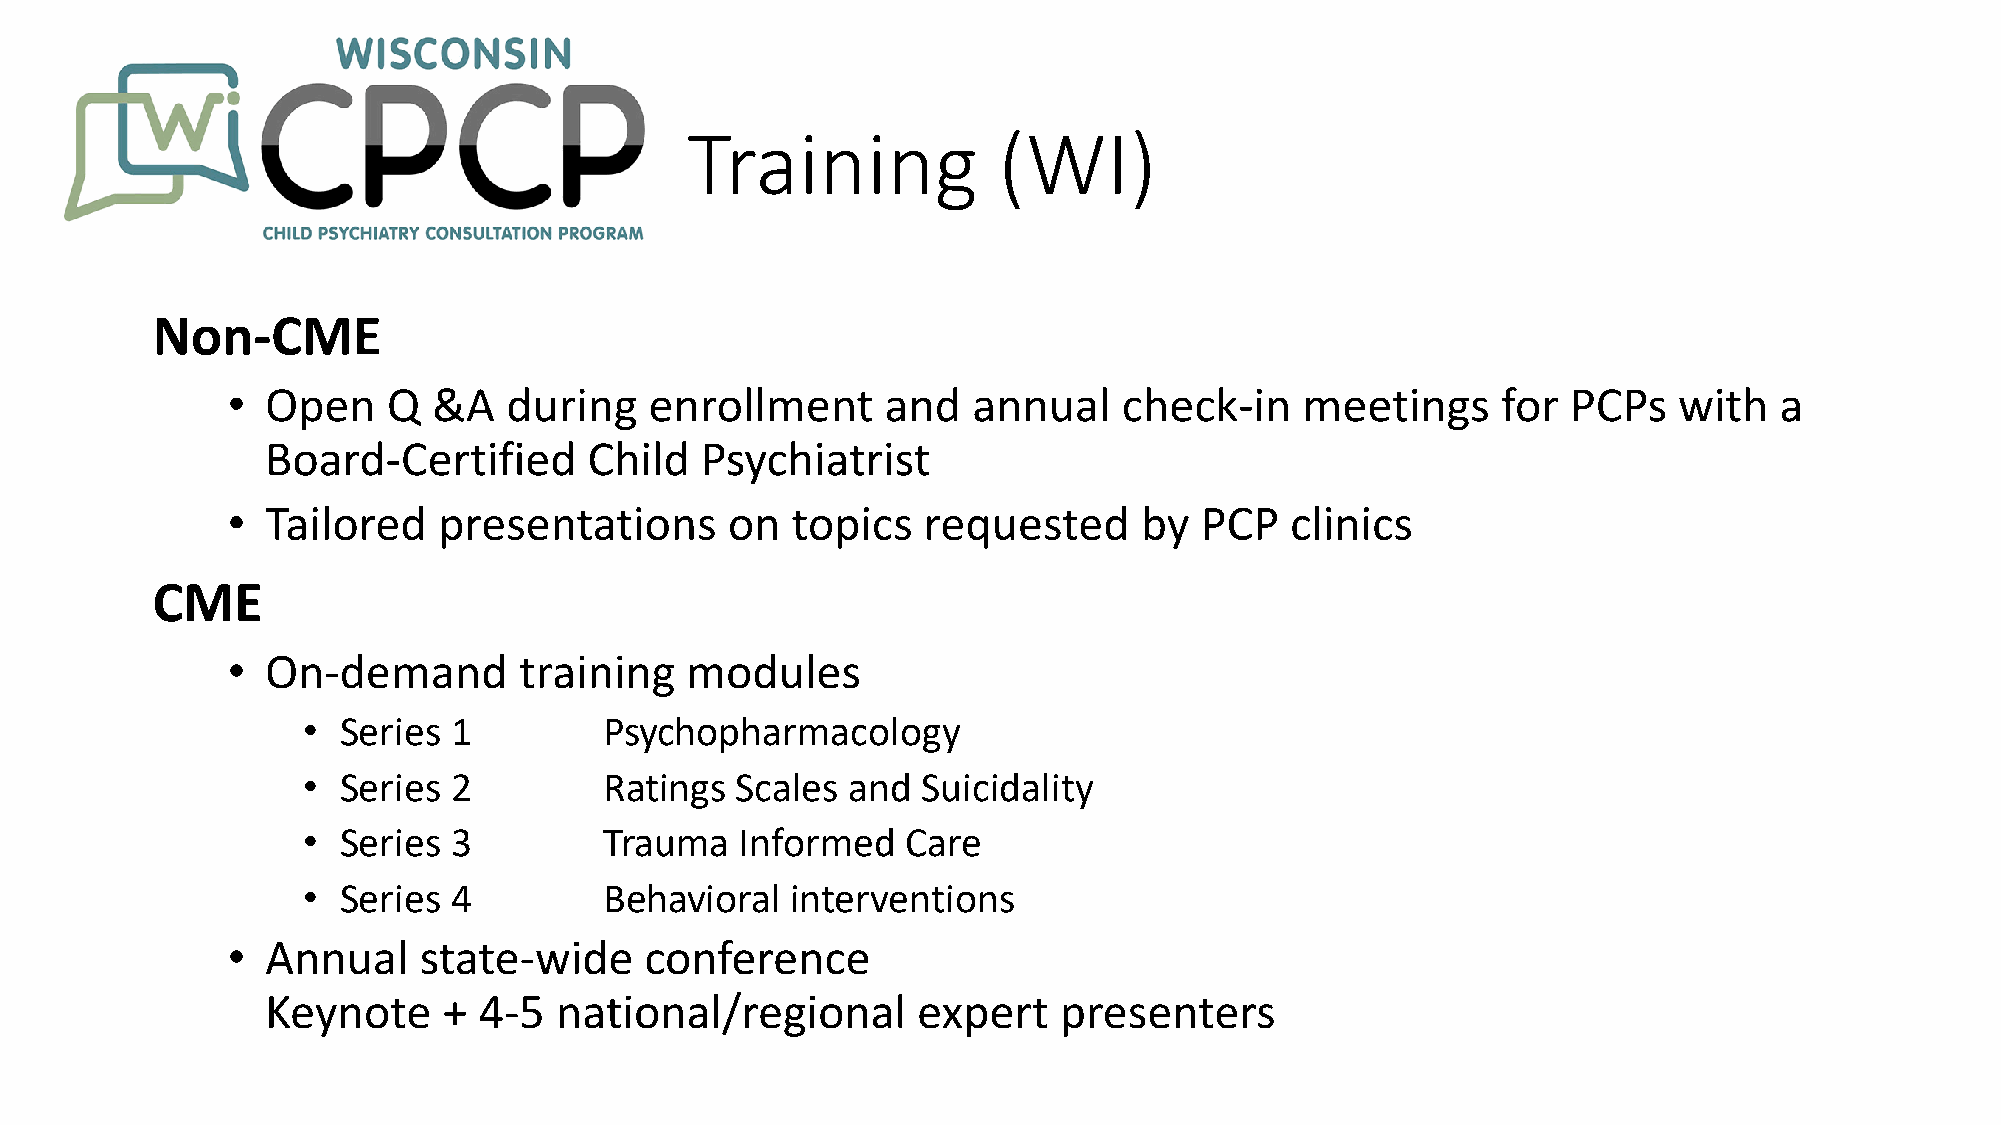
Training             (WI)
 Non-CME
 •  Open    Q  &A   during   enrollment      and  annual    check-in    meetings     for  PCPs   with   a
 Board-Certified      Child  Psychiatrist
 •  Tailored   presentations      on  topics   requested     by  PCP   clinics
 CME
 •  On-demand       training   modules
 •  Series 1         Psychopharmacology
 •  Series 2         Ratings  Scales and  Suicidality
 •  Series 3         Trauma   Informed   Care
 •  Series 4         Behavioral  interventions
 •  Annual    state-wide     conference
 Keynote    +  4-5  national/regional       expert   presenters